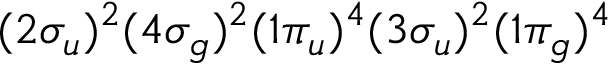
( 2 \sigma _ { u } ) ^ { 2 } ( 4 \sigma _ { g } ) ^ { 2 } ( 1 \pi _ { u } ) ^ { 4 } ( 3 \sigma _ { u } ) ^ { 2 } ( 1 \pi _ { g } ) ^ { 4 }